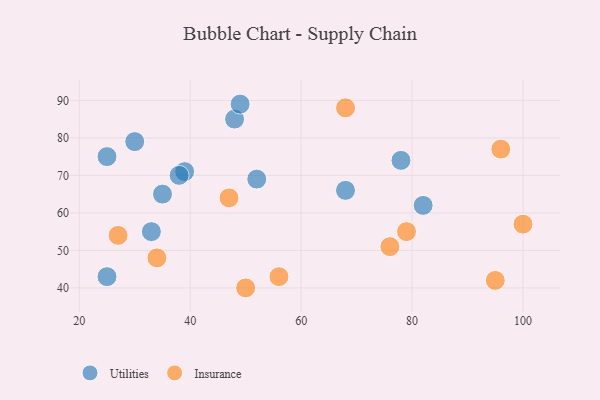
{"axis": {"x": "GDP", "y": "Life Expectancy"}, "legend": ["Insurance", "Utilities"], "data": [{"x": "52", "y": 69, "type": "Utilities"}, {"x": "78", "y": 74, "type": "Utilities"}, {"x": "25", "y": 43, "type": "Utilities"}, {"x": "82", "y": 62, "type": "Utilities"}, {"x": "25", "y": 75, "type": "Utilities"}, {"x": "39", "y": 71, "type": "Utilities"}, {"x": "30", "y": 79, "type": "Utilities"}, {"x": "33", "y": 55, "type": "Utilities"}, {"x": "38", "y": 70, "type": "Utilities"}, {"x": "35", "y": 65, "type": "Utilities"}, {"x": "48", "y": 85, "type": "Utilities"}, {"x": "49", "y": 89, "type": "Utilities"}, {"x": "68", "y": 66, "type": "Utilities"}, {"x": "47", "y": 64, "type": "Insurance"}, {"x": "100", "y": 57, "type": "Insurance"}, {"x": "27", "y": 54, "type": "Insurance"}, {"x": "50", "y": 40, "type": "Insurance"}, {"x": "96", "y": 77, "type": "Insurance"}, {"x": "34", "y": 48, "type": "Insurance"}, {"x": "95", "y": 42, "type": "Insurance"}, {"x": "79", "y": 55, "type": "Insurance"}, {"x": "76", "y": 51, "type": "Insurance"}, {"x": "68", "y": 88, "type": "Insurance"}, {"x": "56", "y": 43, "type": "Insurance"}]}